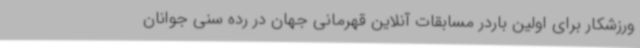
ورزشکار برای اولین باردر مسابقات آنلاین قهرمانی جهان در رده سنی جوانان